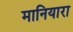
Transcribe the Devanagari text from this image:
मानियारा